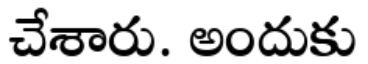
చేశారు. అందుకు